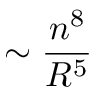
\sim \frac { n ^ { 8 } } { R ^ { 5 } }